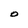
Character: O